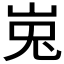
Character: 𰎘